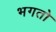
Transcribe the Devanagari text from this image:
भगतो